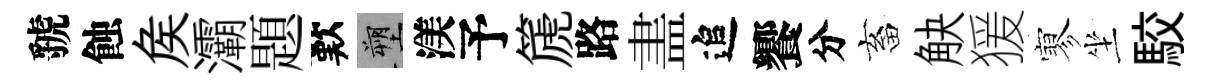
虢蝕矦灞題歎塑渼予篪路𥁞追饗分畜觖猨寥坐駮